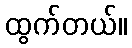
ထွက်တယ်။